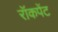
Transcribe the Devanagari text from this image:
रॉकपेंट